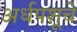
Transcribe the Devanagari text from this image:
अर्धपशूचे